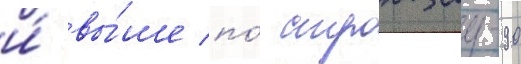
и́ вы́ше по́ стронциу-90